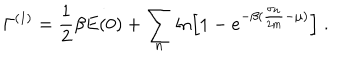
LaTeX: \Gamma ^ { ( 1 ) } = \frac { 1 } { 2 } \beta E ( 0 ) + \sum _ { n } \ln \left[ 1 - e ^ { - \beta ( \frac { \sigma _ { n } } { 2 m } - \mu ) } \right] \; .